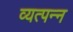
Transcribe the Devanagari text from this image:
व्‍यत्‍पन्‍न